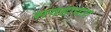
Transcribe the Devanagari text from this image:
सयहायता